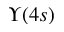
\Upsilon ( 4 s )